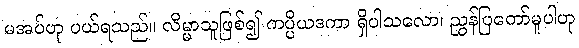
မအပ်ဟု ပယ်ရသည်။ လိမ္မာသူဖြစ်၍ ကပ္ပိယဒကာ ရှိပါသလော၊ ညွှန်ပြတော်မူပါဟု